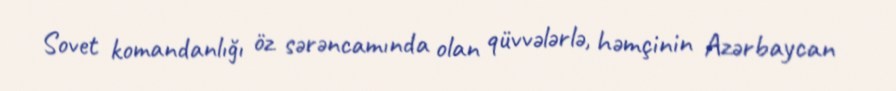
Sovet komandanlığı öz sərəncamında olan qüvvələrlə, həmçinin Azərbaycan